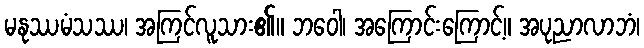
မနုဿမံသဿ၊ အကြင်လူသား၏။ ဘဝေါ၊ အကြောင်းကြောင့်။ အပုညာလာဘံ၊